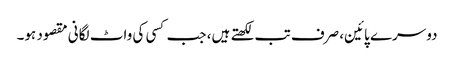
دوسرے پائین، صرف تب لکھتے ہیں، جب کسی کی واٹ لگانی مقصود ہو۔